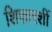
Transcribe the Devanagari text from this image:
शिफारशीं